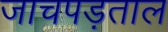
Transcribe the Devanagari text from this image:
जाचपड़ताल